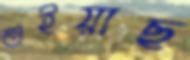
শুইয়াছ